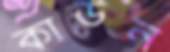
কাউন